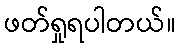
ဖတ်ရှုရပါတယ်။